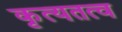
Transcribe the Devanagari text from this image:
कृत्यतत्व